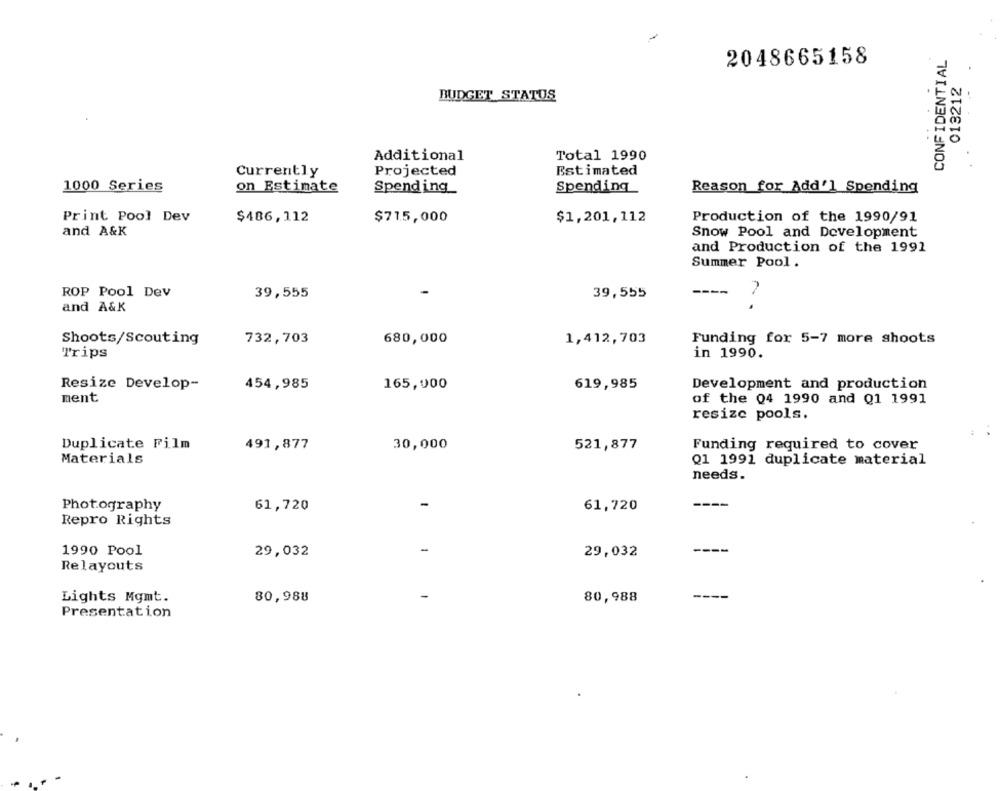
CONFIDENTIAL
2048665158
013212
BUDGET STATUS
Additional
Total 1990
Currently
Projected
Estimated
1000 Series
on Estimate
Spending
Spending
Reason for Add'] Spending
Print Pool Dev
$486,112
$71.5,000
$1,201,112
Production of the 1990/91
and A&K
Snow Pool and Development
and Production of the 1991
Summer Pool
ROP Pool Dev
----
39,555
39,555
and A&K
Shoots/Scouting
732,703
680,000
1,412,703
Funding for 5-7 more shoots
Trips
in 1990.
Resize Develop-
454,985
165,000
619,985
Development and production
ment
of the 04 1990 and Q1 1991
resize pools.
Duplicate Film
491,877
30,000
521,877
Funding required to cover
Materials
Q1 1991 duplicate material
needs.
61,720
Photography
61,720
Repro Rights
1990 Pool
29,032
29,032
----
Relayouts
Lights Mgmt.
80,988
80,988
Presentation